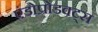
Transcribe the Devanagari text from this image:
एंडोप्रोडक्ट्स